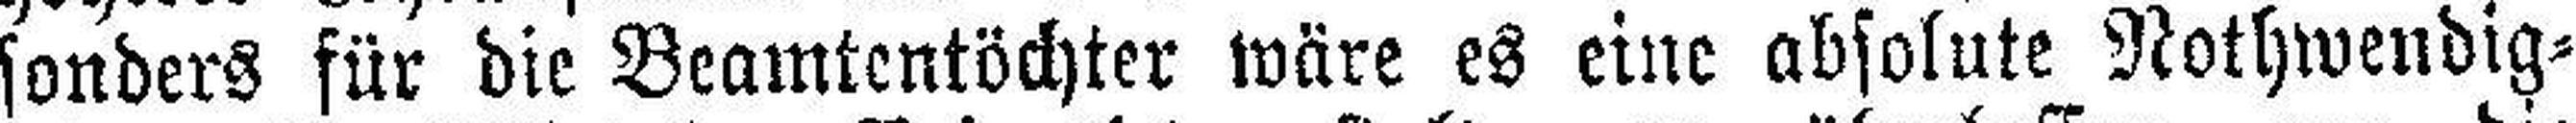
sonders für die Beamtentöchter wäre es eine absolute Nothwendig¬